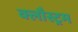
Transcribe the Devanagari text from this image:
क्लौस्ट्रम